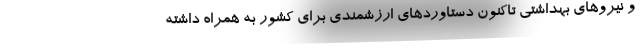
و نیروهای بهداشتی تاکنون دستاوردهای ارزشمندی برای کشور به همراه داشته